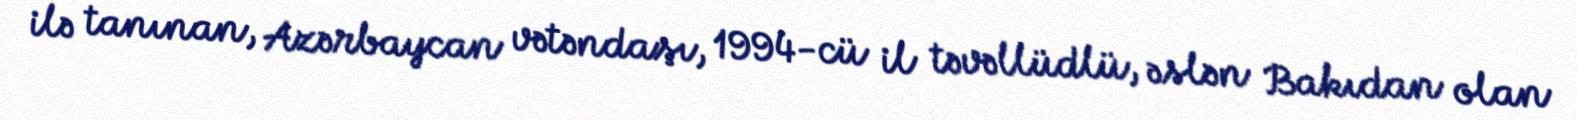
ilə tanınan, Azərbaycan vətəndaşı, 1994-cü il təvəllüdlü, əslən Bakıdan olan